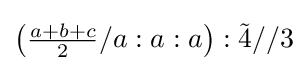
\left({\tfrac {a+b+c}{2}}/a:a:a\right):{\tilde {4}}//3